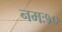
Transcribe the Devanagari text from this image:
नमः१०